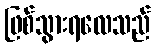
ဖြစ်သွားရလေသည်